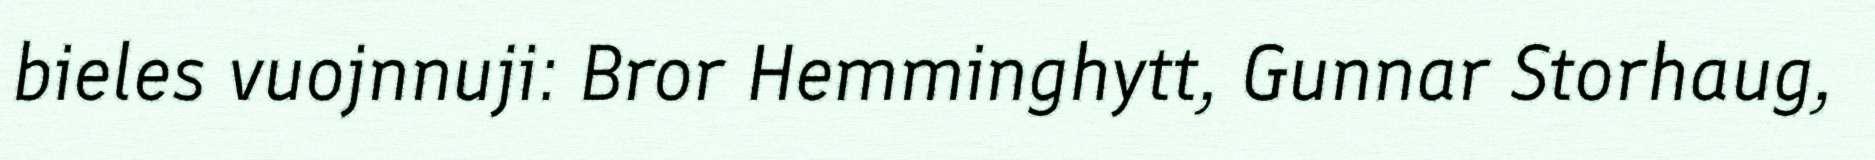
bieles vuojnnuji: Bror Hemminghytt, Gunnar Storhaug,